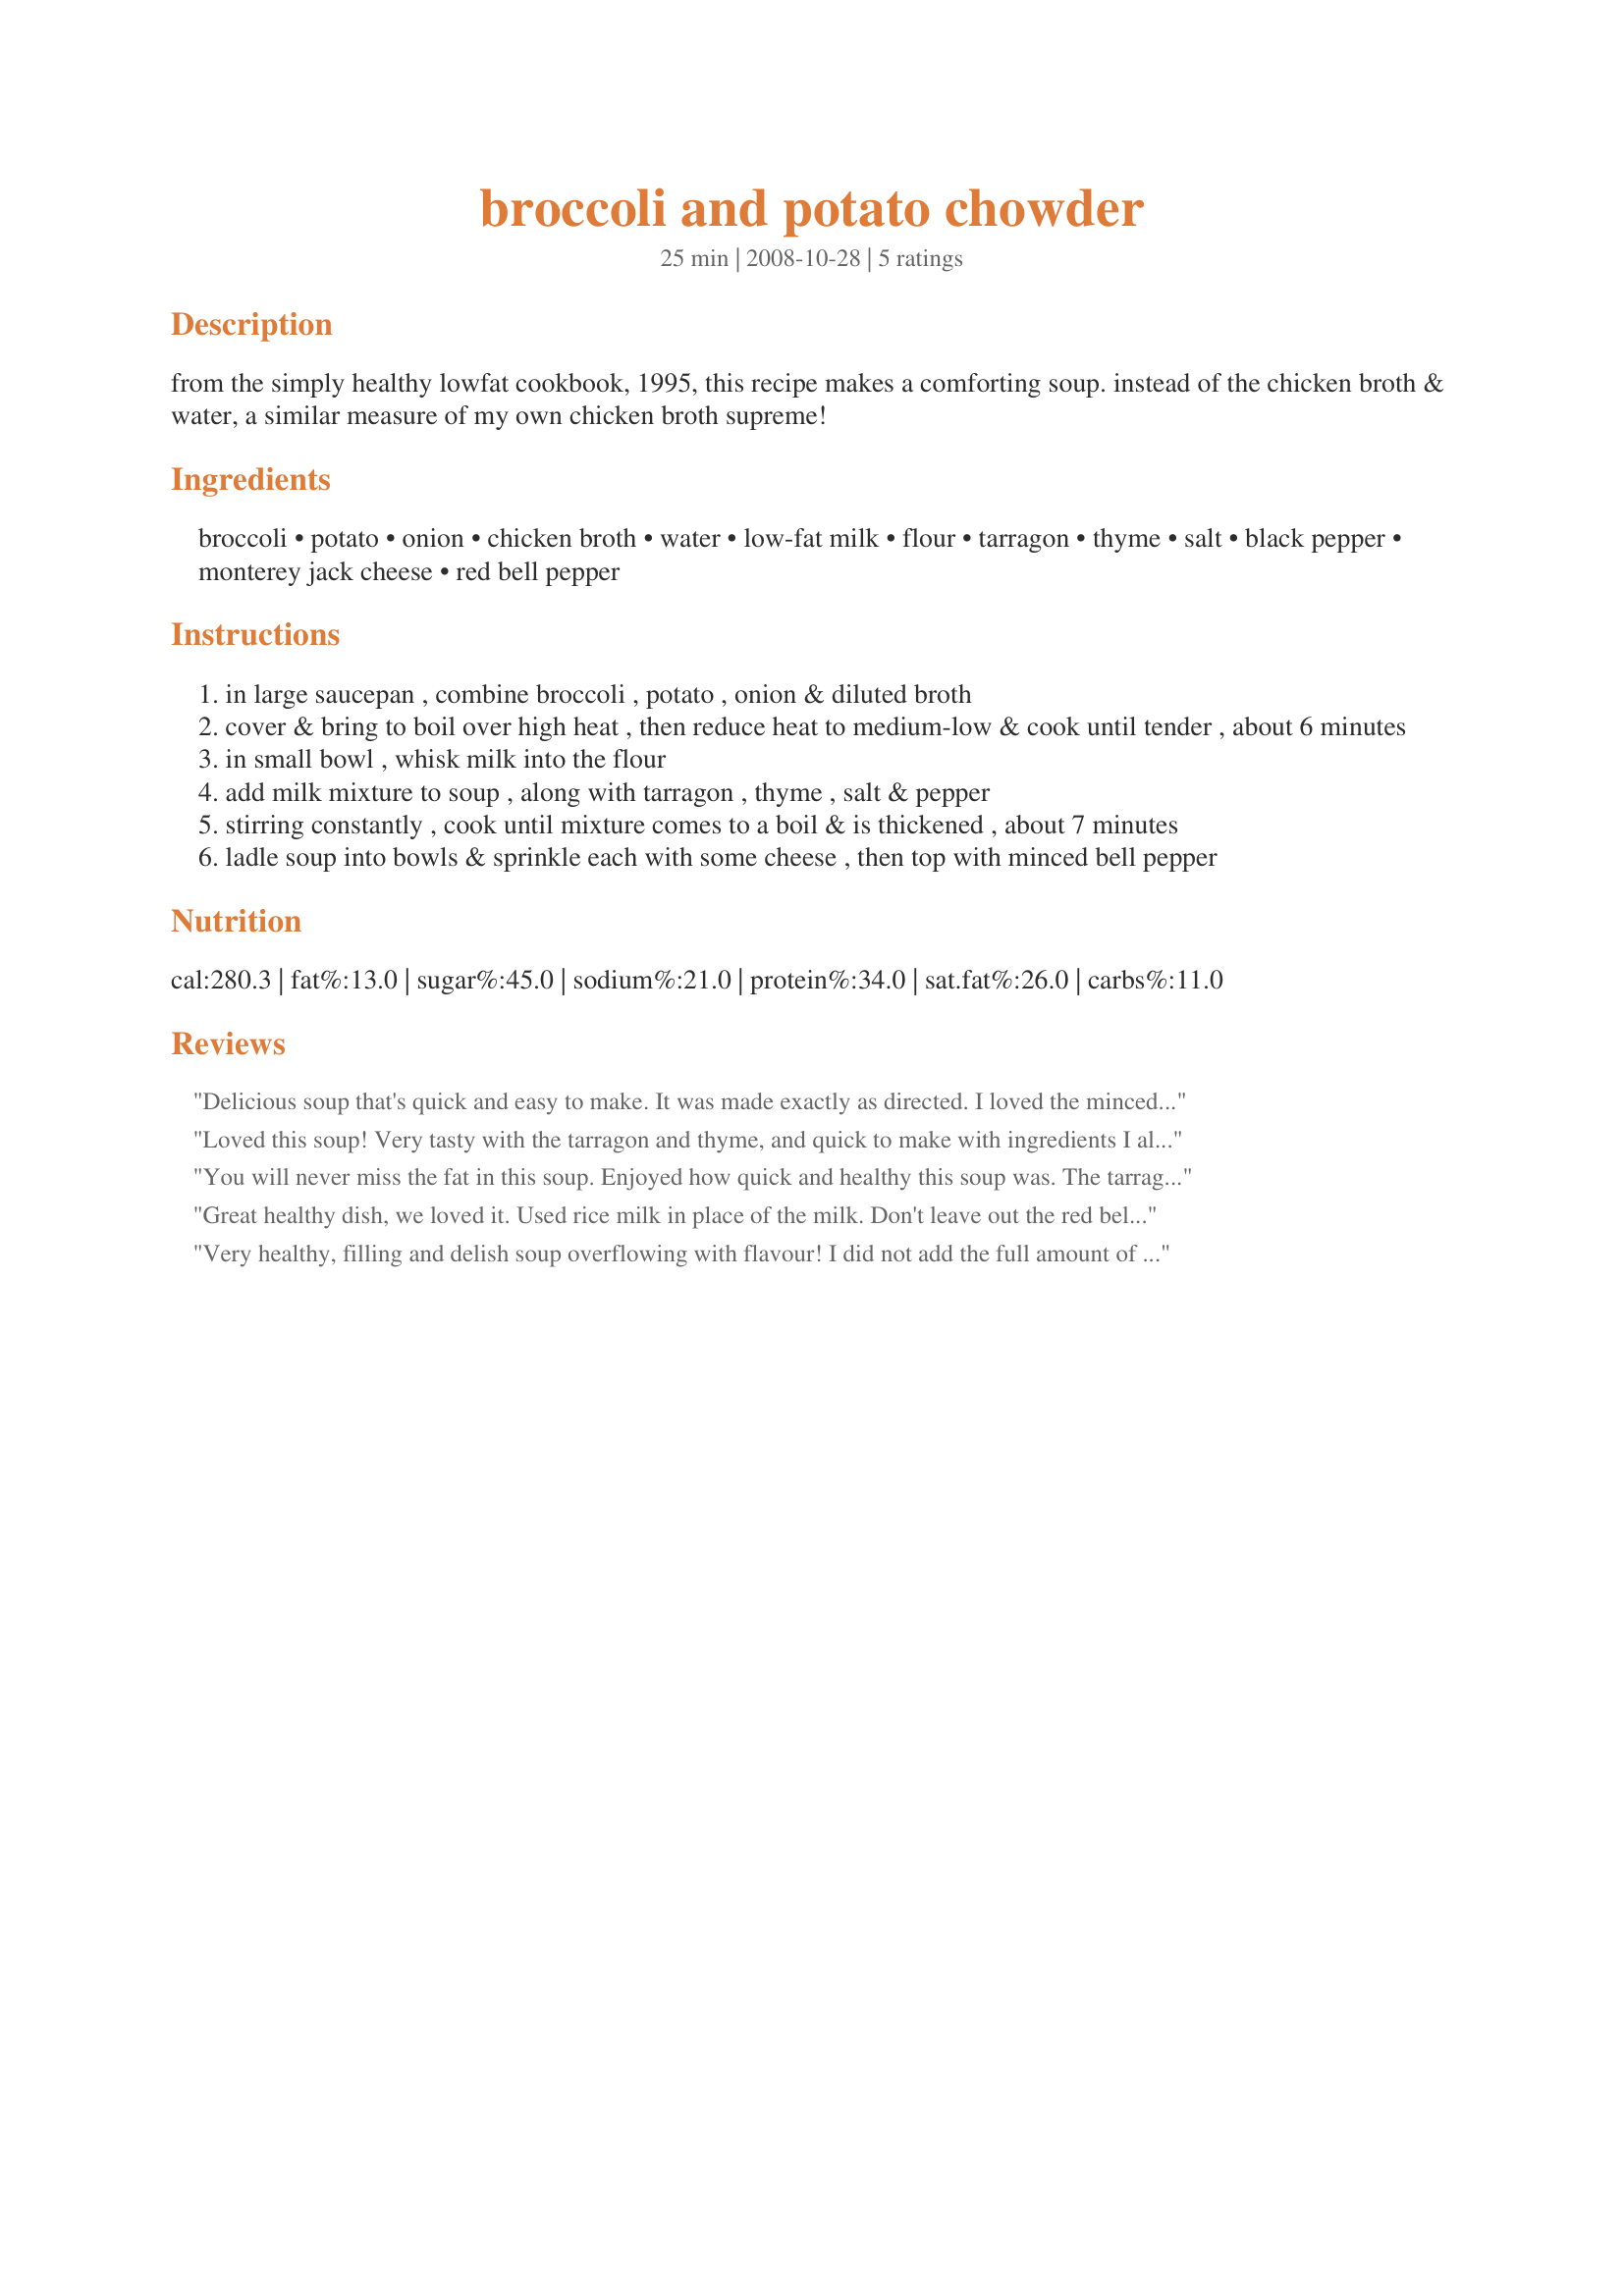
broccoli and potato chowder
Preparation time: 25 minutes

from the simply healthy lowfat cookbook, 1995, this recipe makes a comforting soup. instead of the chicken broth & water, a similar measure of my own chicken broth supreme!

Ingredients:
broccoli, potato, onion, chicken broth, water, low-fat milk, flour, tarragon, thyme, salt, black pepper, monterey jack cheese, red bell pepper

Steps:
in large saucepan , combine broccoli , potato , onion & diluted broth
cover & bring to boil over high heat , then reduce heat to medium-low & cook until tender , about 6 minutes
in small bowl , whisk milk into the flour
add milk mixture to soup , along with tarragon , thyme , salt & pepper
stirring constantly , cook until mixture comes to a boil & is thickened , about 7 minutes
ladle soup into bowls & sprinkle each with some cheese , then top with minced bell pepper

Reviews:
Delicious soup that's quick and easy to make. It was made exactly as directed. I loved the minced red pepper topping. Made for November Beverage Tag.
Loved this soup! Very tasty with the tarragon and thyme, and quick to make with ingredients I always have on hand. I used cheddar jack and left out the onions. Great quick lunch or light dinner - thanks for sharing the recipe!
You will never miss the fat in this soup. Enjoyed how quick and healthy this soup was. The tarragon really helps this dish shine. Made using fat free cheddar. Thanks so much for the post.
Great healthy dish, we loved it. Used rice milk in place of the milk. Don't leave out the red bell pepper it made the dish!
Thanks
Very healthy, filling and delish soup overflowing with flavour! I did not add the full amount of broccoli because I was worried it would be too 'broccoli' but I am sure that the soup can handle the full amount. Made for Gimme 5 Tag.
